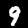
Label: 9